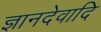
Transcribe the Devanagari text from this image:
ज्ञानदेवादि